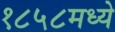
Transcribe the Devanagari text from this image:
१८५८मध्ये